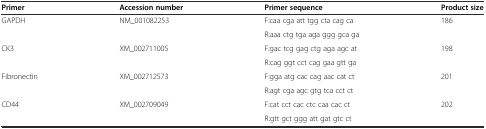
<table><thead><tr><td><b>Primer</b></td><td><b>Accession number</b></td><td><b>Primer sequence</b></td><td><b>Product size</b></td></tr></thead><tbody><tr><td rowspan="2">GAPDH</td><td rowspan="2">NM_001082253</td><td>F:caa cga att tgg cta cag ca</td><td rowspan="2">186</td></tr><tr><td>R:aaa ctg tga aga ggg gca ga</td></tr><tr><td rowspan="2">CK3</td><td rowspan="2">XM_002711005</td><td>F:gac tcg gag ctg aga agc at</td><td rowspan="2">198</td></tr><tr><td>R:cag ggt cct cag gaa gtt ga</td></tr><tr><td rowspan="2">Fibronectin</td><td rowspan="2">XM_002712573</td><td>F:gga atg cac cag aac cat ct</td><td rowspan="2">201</td></tr><tr><td>R:agt cga agc gtg tca cct ct</td></tr><tr><td rowspan="2">CD44</td><td rowspan="2">XM_002709049</td><td>F:cat cct cac ctc caa cac ct</td><td rowspan="2">202</td></tr><tr><td>R:gtt gct ggg att gat gtc ct</td></tr></tbody></table>